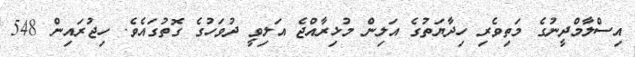
އިސްލާމްދީނުގެ މަތިވެރި ހިދާޔަތުގެ އަލިން މުޅިރާއްޖެ އަލިވީ ދުވަހުގެ ގޮތުގައެވެ. ހިޖުރައިން 548